Lunatic asylums Punjab 1895-1910 - 1895-1910
Year: 1895
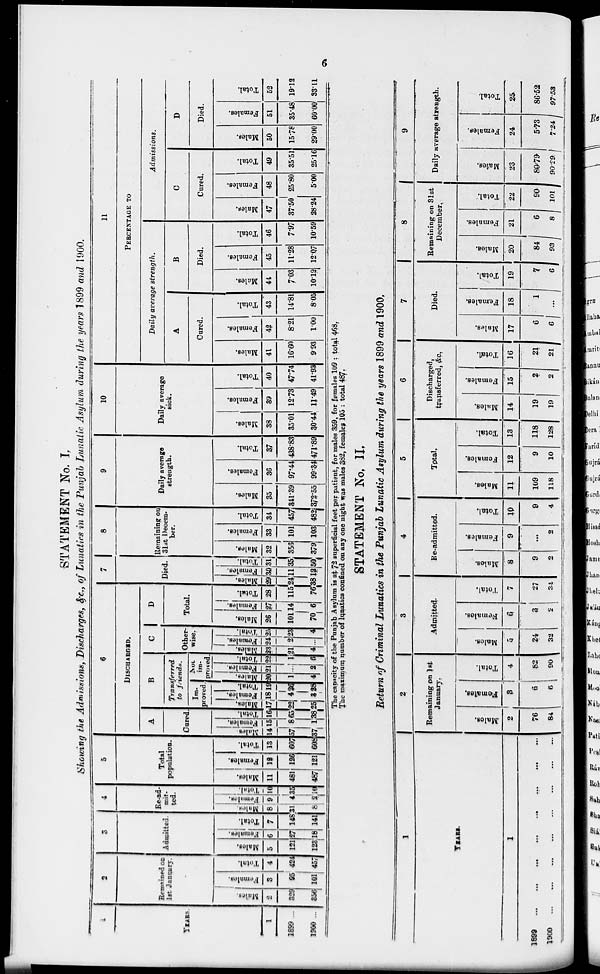
6
STATEMENT No. I.
Showing the Admissions, Discharges, &c., of Lunatics in the Punjab Lunatic Asylum during the years 1899 and 1900.
1
YEARS.
1
1899 ...
1900 ...
2
Remained on
1st January.
Males.
2
329
356
Females.
3
95
101
Total.
4
424
457
3
Admitted.
Males.
5
121
123
Females.
6
27
18
Total.
7
148
141
4
Re-ad-
mit-
ted.
Males.
8
31
8
Females.
9
4
2
Total.
10
35
10
5
Total
population.
Males.
11
481
487
Females.
12
126
121
Total.
13
607
608
6
DISCHARGED.
A
Cared.
Males.
14
57
37
Females.
15
8
1
Total.
16
65
38
B
Transferred
to friends.
Im-
proved .
Males.
17
22
25
Females.
18
4
3
Total.
19
26
28
Not
im-
proved.
Males.
20
1
4
Females.
21
...
2
Total.
22
1
6
C
Other-
wise.
Males.
23
21
4
Females.
24
2
...
Total.
25
23
4
D
Total.
Males.
26
101
70
Females.
27
14
6
Total.
28
115
76
7
Died.
Males.
29
24
38
Females.
30
11
12
Total.
31
35
50
8
Remaining on
31st Decem-
ber.
Males.
32
356
379
Females.
33
101
103
Total.
34
457
482
9
Daily average
strength.
Males.
35
341.39
372.55
Females.
36
97.44
99.34
Total.
37
438.83
471.89
10
Daily average
sick.
Males.
38
35.01
30.44
Females.
39
12.73
11.49
Total.
40
47.74
41.93
11
PERCENTAGE TO
Daily average strength.
A
Cured.
Males.
41
16.60
9.93
Females.
42
8.21
1.00
Total.
43
14.81
8.05
B
Died.
Males.
44
7.03
10.19
Females.
45
11.28
12.07
Total.
46
7.97
10.59
Admissions.
C
Cured.
Males.
47
37.50
28.24
Females.
48
25.80
5.00
Total.
49
35.51
25.16
D
Died.
Males.
50
15.78
29.00
Females.
51
35.48
60.00
Total.
52
19.12
33.11
The capacity of the Punjab Asylum is at 72 superficial feet per patient, for males 359, for females 109 : total 468.
The maximum number of lunatics confined on any one night was males 382, females 105 : total 487.
STATEMENT No. II.
Return of Criminal Lunatics in the Punjab Lunatic Asylum during the years 1899 and 1900.
1
YEARS.
1
1899
...
...
...
...
...
...
...
...
1900
...
...
...
...
...
...
...
...
2
Remaining on 1st
January.
Males.
2
76
84
Females.
3
6
6
Total.
4
82
90
3
Admitted.
Males.
5
24
32
Females.
6
3
2
Total.
7
27
34
4
Re-admitted.
Males.
8
9
2
Females.
9
...
2
Total.
10
9
4
5
Total.
Males.
11
109
118
Females.
12
9
10
Total.
13
118
128
6
Discharged,
transferred, &c.
Males.
14
19
19
Females.
15
2
2
Total.
16
21
21
7
Died.
Males.
17
6
6
Females.
18
1
...
Total.
19
7
6
8
Remaining on 31st
December.
Males.
20
84
93
Females.
21
6
8
Total.
22
90
101
9
Daily average strength.
Males.
23
80.79
90.29
Females.
24
5.73
7.24
Total.
25
86.52
97.53